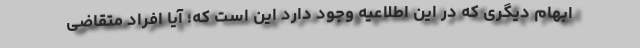
ابهام دیگری که در این اطلاعیه وجود دارد این است که؛ آیا افراد متقاضی